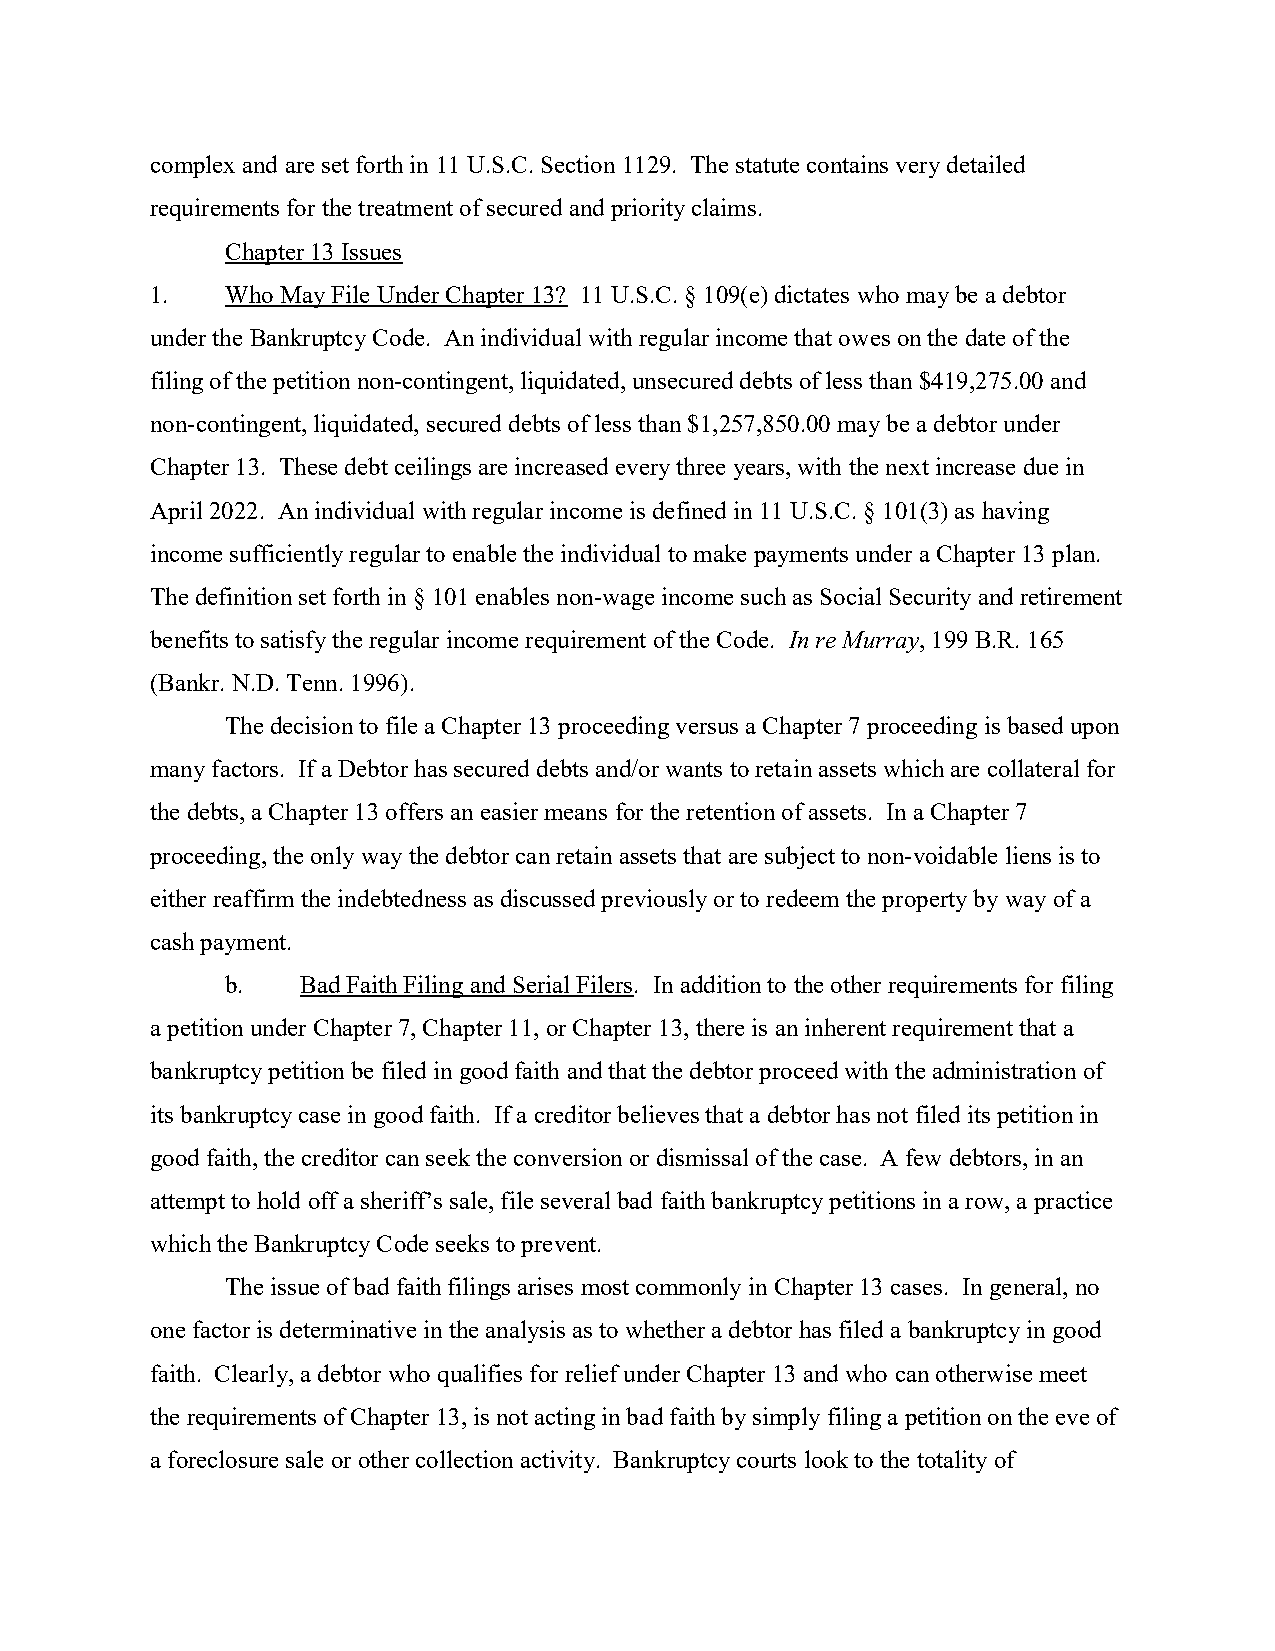
complex and are set forth in 11 U.S.C. Section 1129. The statute contains very detailed
 requirements for the treatment of secured and priority claims.
 Chapter 13 Issues
 1.   Who May File Under Chapter 13? 11 U.S.C. § 109(e) dictates who may be a debtor
 under the Bankruptcy Code. An individual with regular income that owes on the date of the
 filing of the petition non-contingent, liquidated, unsecured debts of less than $419,275.00 and
 non-contingent, liquidated, secured debts of less than $1,257,850.00 may be a debtor under
 Chapter 13. These debt ceilings are increased every three years, with the next increase due in
 April 2022. An individual with regular income is defined in 11 U.S.C. § 101(3) as having
 income sufficiently regular to enable the individual to make payments under a Chapter 13 plan.
 The definition set forth in § 101 enables non-wage income such as Social Security and retirement
 benefits to satisfy the regular income requirement of the Code. In re Murray, 199 B.R. 165
 (Bankr. N.D. Tenn. 1996).
 The decision to file a Chapter 13 proceeding versus a Chapter 7 proceeding is based upon
 many factors. If a Debtor has secured debts and/or wants to retain assets which are collateral for
 the debts, a Chapter 13 offers an easier means for the retention of assets. In a Chapter 7
 proceeding, the only way the debtor can retain assets that are subject to non-voidable liens is to
 either reaffirm the indebtedness as discussed previously or to redeem the property by way of a
 cash payment.
 b.   Bad Faith Filing and Serial Filers. In addition to the other requirements for filing
 a petition under Chapter 7, Chapter 11, or Chapter 13, there is an inherent requirement that a
 bankruptcy petition be filed in good faith and that the debtor proceed with the administration of
 its bankruptcy case in good faith. If a creditor believes that a debtor has not filed its petition in
 good faith, the creditor can seek the conversion or dismissal of the case. A few debtors, in an
 attempt to hold off a sheriff’s sale, file several bad faith bankruptcy petitions in a row, a practice
 which the Bankruptcy Code seeks to prevent.
 The issue of bad faith filings arises most commonly in Chapter 13 cases. In general, no
 one factor is determinative in the analysis as to whether a debtor has filed a bankruptcy in good
 faith. Clearly, a debtor who qualifies for relief under Chapter 13 and who can otherwise meet
 the requirements of Chapter 13, is not acting in bad faith by simply filing a petition on the eve of
 a foreclosure sale or other collection activity. Bankruptcy courts look to the totality of